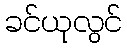
ခင်ယုလွင်